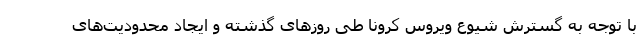
با توجه به گسترش شیوع ویروس کرونا طی روز‌های گذشته و ایجاد محدودیت‌های